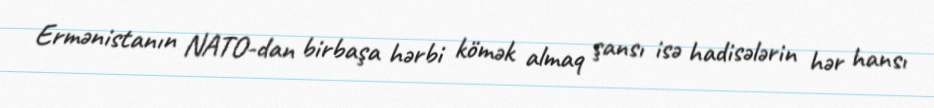
Ermənistanın NATO-dan birbaşa hərbi kömək almaq şansı isə hadisələrin hər hansı